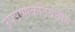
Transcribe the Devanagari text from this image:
उपउष्णकटिबंधीय